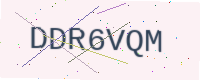
Text: DDR6VQM